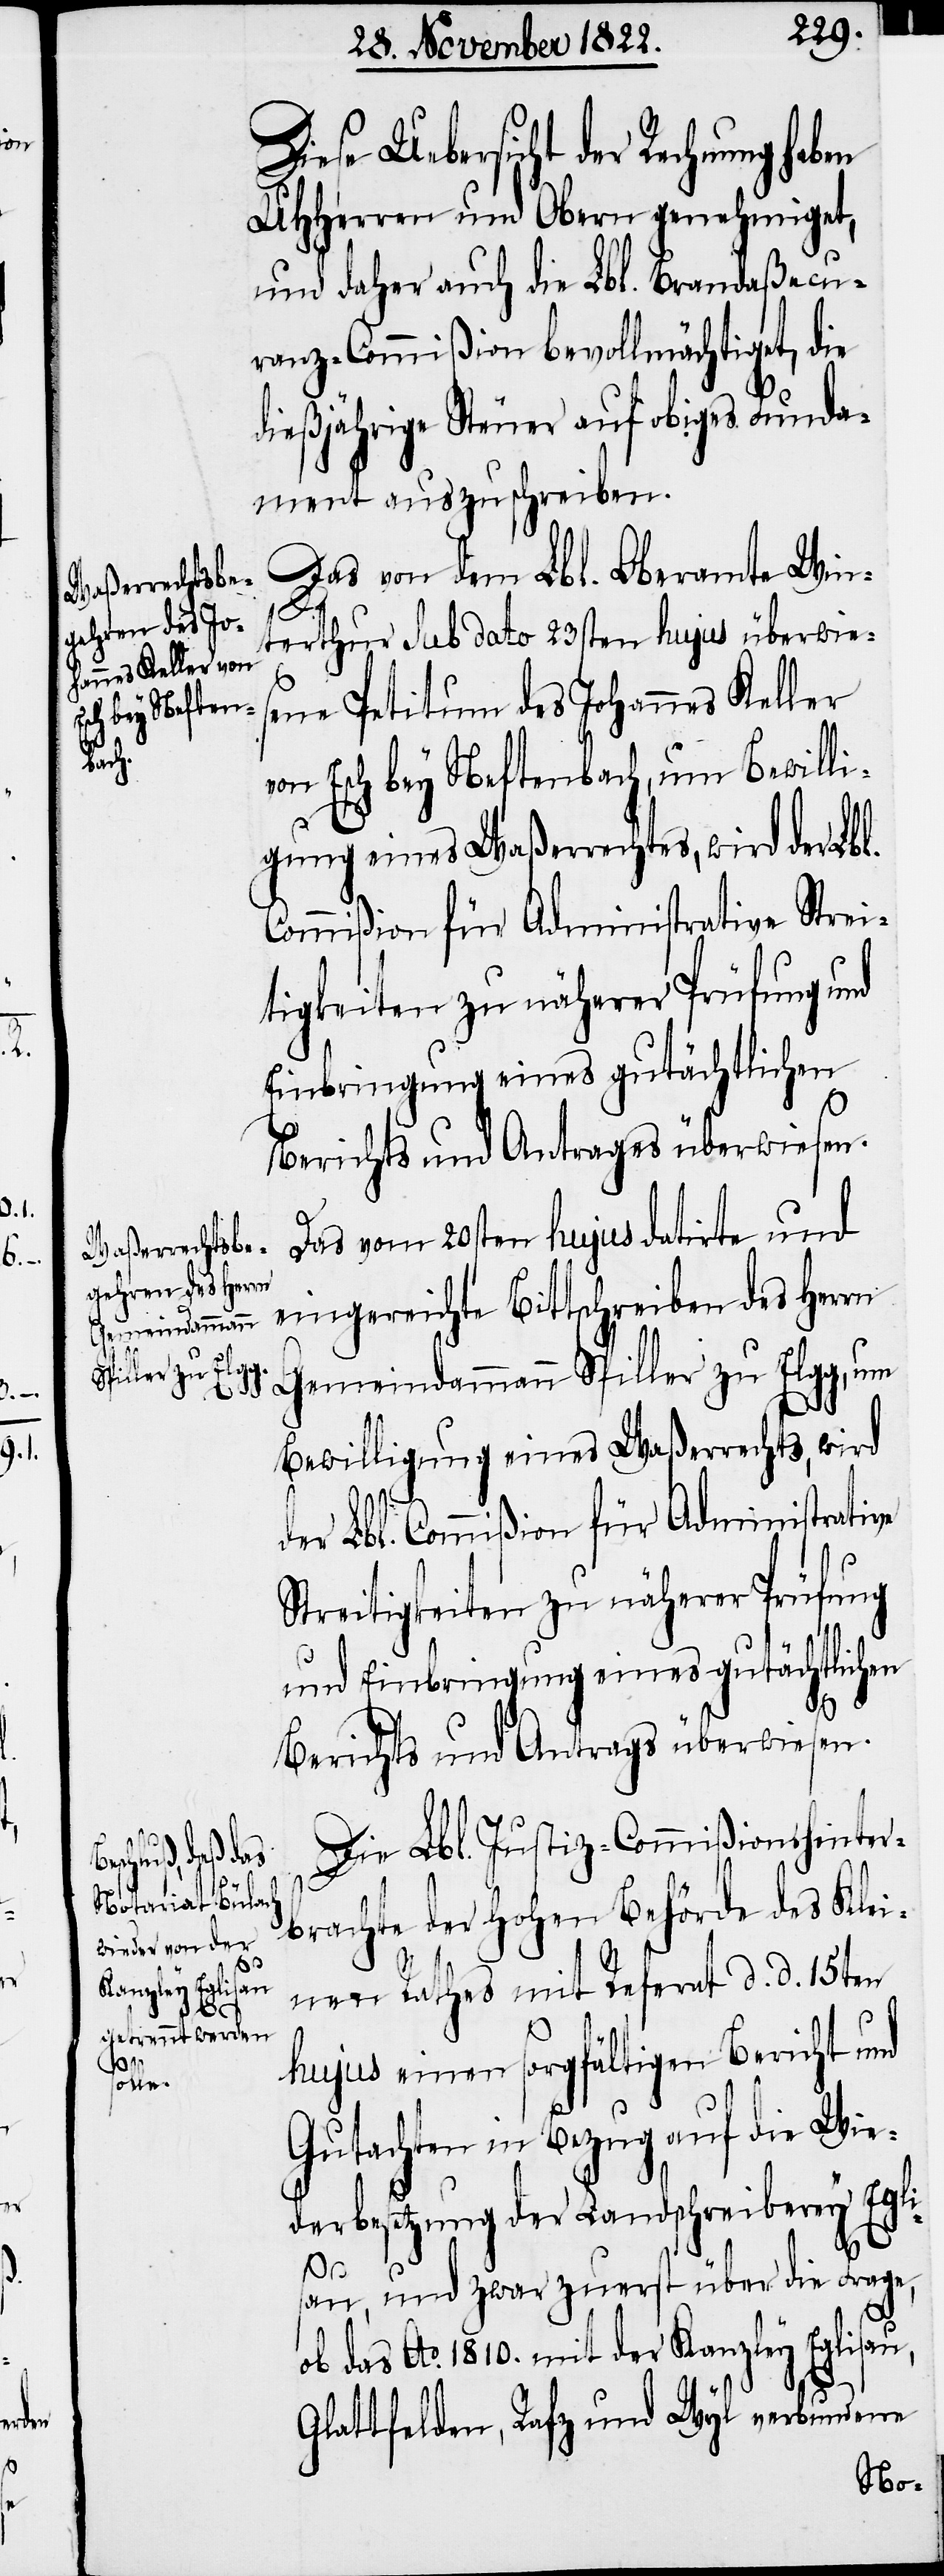
Diese Uebersicht der Rechnung haben
UHHerren und Obern genehmiget,
und daher auch die Lbl. Brandaßecu¬
ranz-Commißion bevollmächtiget, die
dießjährige Steuer auf obiges Funda¬
ment auszuschreiben.
Das von dem Lbl. Oberamte Win¬
terthur sub dato 23sten hujus überwies¬
ene Petitum des Johannes Keller
on Esch bey Neftenbach, um Bewilli¬
gung eines Waßerrechtes, wird der Lbl.
Commißion für Administrative Strei¬
tigkeiten zu näherer Prüfung und
Einbringung eines gutächtlichen
Berichts und Antrages überwiesen.
Das vom 20sten hujus datirte und
eingereichte Bittschreiben des Herrn
Gemeindamman Spiller zu Elgg, um
Bewilligung eines Waßerrechts, wird
der Lbl. Commißion für Administrative
Streitigkeiten zu näherer Prüfung
und Einbringung eines gutächtlichen
Berichts und Antrags überwiesen.
Die Lbl. Justiz-Commißion hinter¬
brachte der hohen Behörde der Klei¬
nen Rathes mit Referat d. d. 15ten
v¬
hujus einen sorgfältigen Bericht und
Gutachten in Bezug auf die Wie¬
derbesetzung der Landschreiberey Egli¬
sau, und zwar zuerst über die Frage,
ob das Ao. 1810. mit der Kanzley Eglisau,
Glattfelden, Rafz und Wyl verbundene